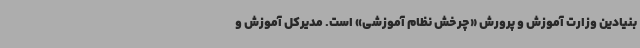
بنیادین وزارت آموزش و پرورش «چرخش نظام آموزشی» است. مدیرکل آموزش و